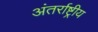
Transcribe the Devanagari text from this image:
अंतर्राष्ट्रीय